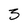
Character: 3